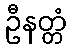
ဦနတ္တံ